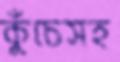
কুঁচেসহ